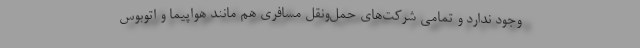
وجود ندارد و تمامی شرکت‌های حمل‌ونقل مسافری هم مانند هواپیما و اتوبوس